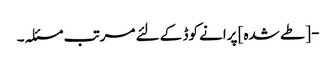
- [طے شدہ] پرانے کوڈ کے لئے مرتب مسئلہ۔